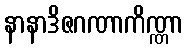
နာနာဒိဇဂဏာကိဏ္ဏာ